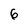
Character: 6